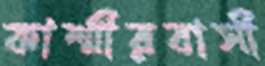
কাশ্মীরবাসী